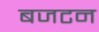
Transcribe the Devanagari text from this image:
बजटन